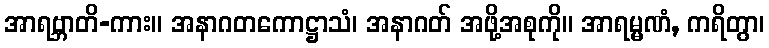
အာရဗ္ဘာတိ-ကား။ အနာဂတကောဋ္ဌာသံ၊ အနာဂတ် အဖို့အစုကို။ အာရမ္မဏံ, ကရိတွာ၊